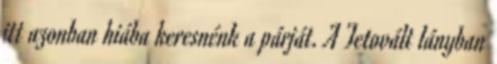
itt azonban hiába keresnénk a párját. A Tetovált lányban